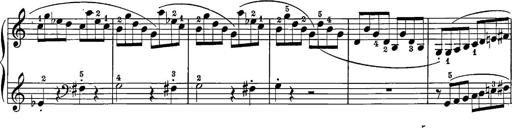
Title: 12 Sonatine per Pianoforte
Composer: Friedrich Kuhlau